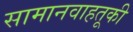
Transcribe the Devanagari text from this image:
सामानवाहतूकी